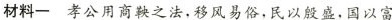
材料一 孝公用商鞅之法，移风易俗，民以殷盛，国以富